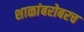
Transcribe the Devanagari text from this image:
शाळांबरोबरच